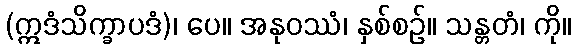
(ဣဒံသိက္ခာပဒံ)၊ ပေ။ အနုဝဿံ၊ နှစ်စဉ်။ သန္တတံ၊ ကို။